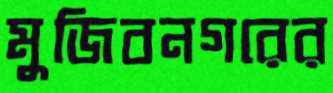
মুজিবনগরের